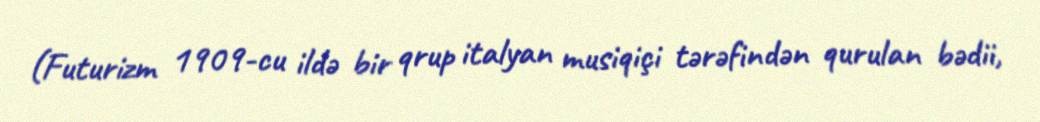
(Futurizm 1909-cu ildə bir qrup italyan musiqiçi tərəfindən qurulan bədii,